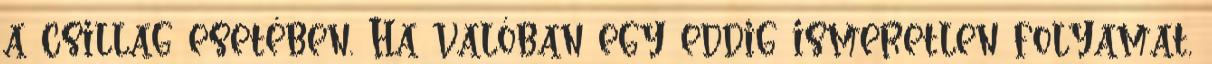
a csillag esetében. Ha valóban egy eddig ismeretlen folyamat,